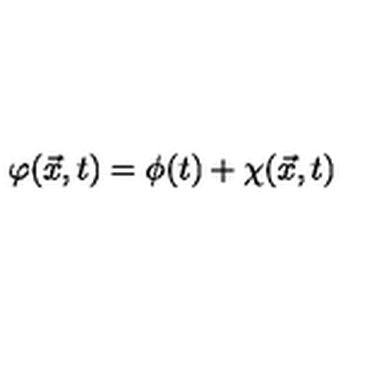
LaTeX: { \varphi } ( \vec { x } , t ) = { \phi } ( t ) + { \chi } ( \vec { x } , t )